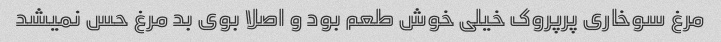
مرغ سوخاری پرپروک خیلی خوش طعم بود و اصلا بوی بد مرغ حس نمیشد